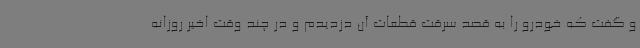
و گفت که خودرو را به قصد سرقت قطعات آن دزدیدم و در چند وقت اخیر روزانه